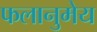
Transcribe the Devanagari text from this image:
फलानुमेय